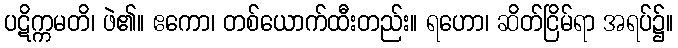
ပဋိက္ကမတိ၊ ဖဲ၏။ ဧကော၊ တစ်ယောက်ထီးတည်း။ ရဟော၊ ဆိတ်ငြိမ်ရာ အရပ်၌။